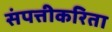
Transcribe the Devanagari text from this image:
संपत्तीकरिता